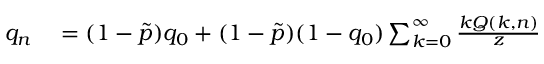
\begin{array} { r l } { q _ { n } } & { { } = ( 1 - \tilde { p } ) q _ { 0 } + ( 1 - \tilde { p } ) ( 1 - q _ { 0 } ) \sum _ { k = 0 } ^ { \infty } \frac { k Q ( k , n ) } { z } } \end{array}